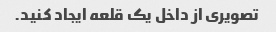
تصویری از داخل یک قلعه ایجاد کنید.